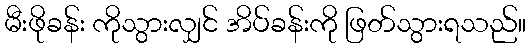
မီးဖိုခန်း ကိုသွားလျှင် အိပ်ခန်းကို ဖြတ်သွားရသည်။